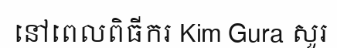
នៅពេលពិធីករ Kim Gura សួរ